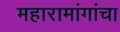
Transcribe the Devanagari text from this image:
महारामांगांचा